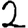
Digit: 2